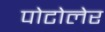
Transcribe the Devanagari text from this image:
पोटोलेर